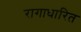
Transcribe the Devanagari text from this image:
रागाधारित